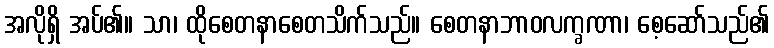
အလိုရှိ အပ်၏။ သာ၊ ထိုစေတနာစေတသိက်သည်။ စေတနာဘာဝလက္ခဏာ၊ စေ့ဆော်သည်၏